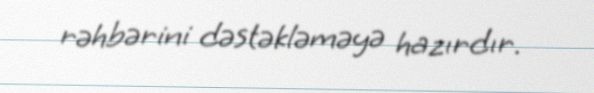
rəhbərini dəstəkləməyə hazırdır.